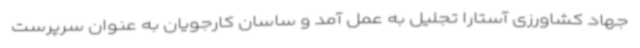
جهاد کشاورزی آستارا تجلیل به عمل آمد و ساسان کارجویان به عنوان سرپرست